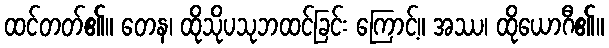
ထင်တတ်၏။ တေန၊ ထိုသိုပသုဘထင်ခြင်း ကြောင့်။ အဿ၊ ထိုယောဂီ၏။